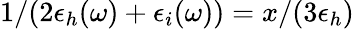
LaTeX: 1/(2\epsilon_{h}(\omega)+\epsilon_{i}(\omega))=x/(3\epsilon_{h})